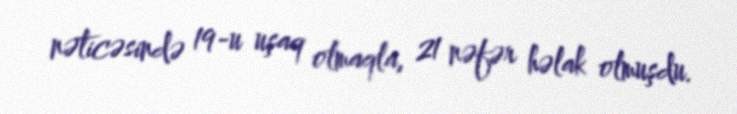
nəticəsində 19-u uşaq olmaqla, 21 nəfər həlak olmuşdu.